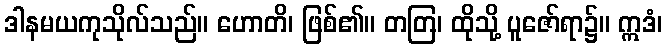
ဒါနမယကုသိုလ်သည်။ ဟောတိ၊ ဖြစ်၏။ တတြ၊ ထိုသို့ ပူဇော်ရာ၌။ ဣဒံ၊